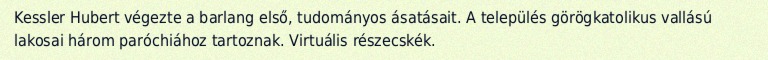
Kessler Hubert végezte a barlang első, tudományos ásatásait. A település görögkatolikus vallású lakosai három paróchiához tartoznak. Virtuális részecskék.